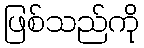
ဖြစ်သည်ကို